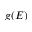
g ( E )